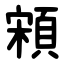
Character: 䫅